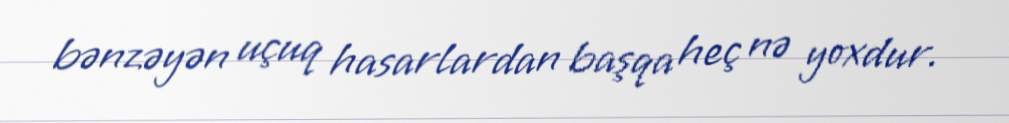
bənzəyən uçuq hasarlardan başqa heç nə yoxdur.